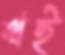
থই